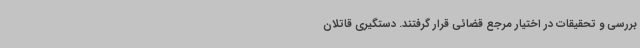
بررسی و تحقیقات در اختیار مرجع قضائی قرار گرفتند. دستگیری قاتلان